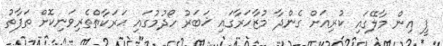
ޕީ އިން މާލޭގައި ކުރިއަށް ގެންދާ މުޒާހަރާގައި ޚަބަރު ހޯދުމުގައި ޙަރަކާތްތެރިވަނިކޮށް ތަފާތު